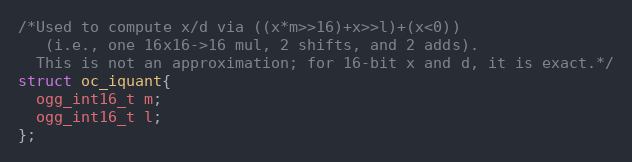
Language: C
/*Used to compute x/d via ((x*m>>16)+x>>l)+(x<0))
   (i.e., one 16x16->16 mul, 2 shifts, and 2 adds).
  This is not an approximation; for 16-bit x and d, it is exact.*/
struct oc_iquant{
  ogg_int16_t m;
  ogg_int16_t l;
};